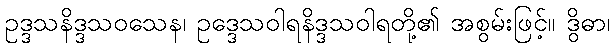
ဥဒ္ဒသနိဒ္ဒသဝသေန၊ ဥဒ္ဒေသဝါရနိဒ္ဒသဝါရတို့၏ အစွမ်းဖြင့်။ ဒွိဓာ၊